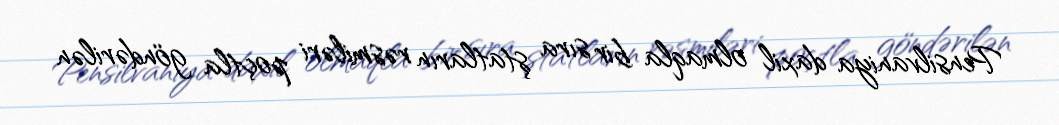
Pensilvaniya daxil olmaqla bir sıra ştatların rəsmiləri poçtla göndərilən